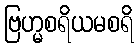
ဗြဟ္မစရိယမစရိ